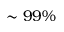
\sim 9 9 \%